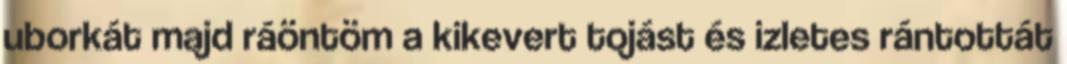
uborkát majd ráöntöm a kikevert tojást és izletes rántottát